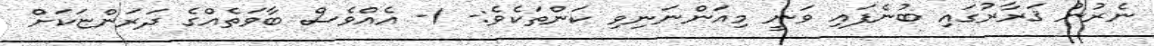
ނެރުނު ޤަރާރުގައި ބުނެފައި ވަނީ މިއަންނަނިވި ކަންތަކެވެ:- 1- އެއްވެސް ބާވަތެއްގެ ދަރަންޏަކަށް